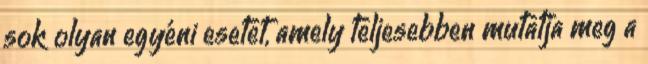
sok olyan egyéni esetet, amely teljesebben mutatja meg a